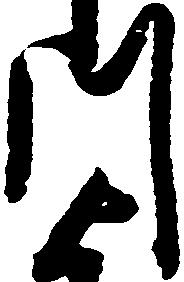
川